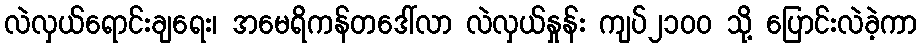
လဲလှယ်ရောင်းချရေး၊ အမေရိကန်တဒေါ်လာ လဲလှယ်နှုန်း ကျပ်၂၁၀၀ သို့ ပြောင်းလဲခဲ့ကာ